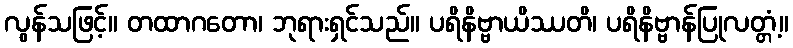
လွန်သဖြင့်။ တထာဂတော၊ ဘုရားရှင်သည်။ ပရိနိဗ္ဗာယိဿတိ၊ ပရိနိဗ္ဗာန်ပြုလတ္တံ့။